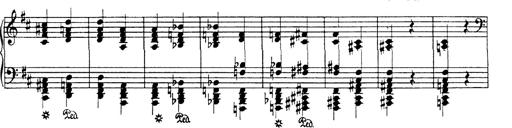
Title: Hungarian Rhapsody No.19
Composer: Franz Liszt
Key: D minor